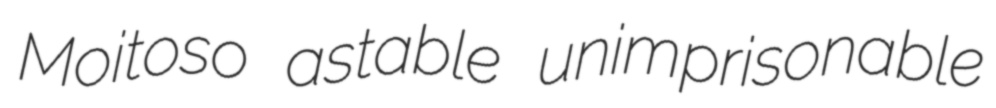
Moitoso astable unimprisonable